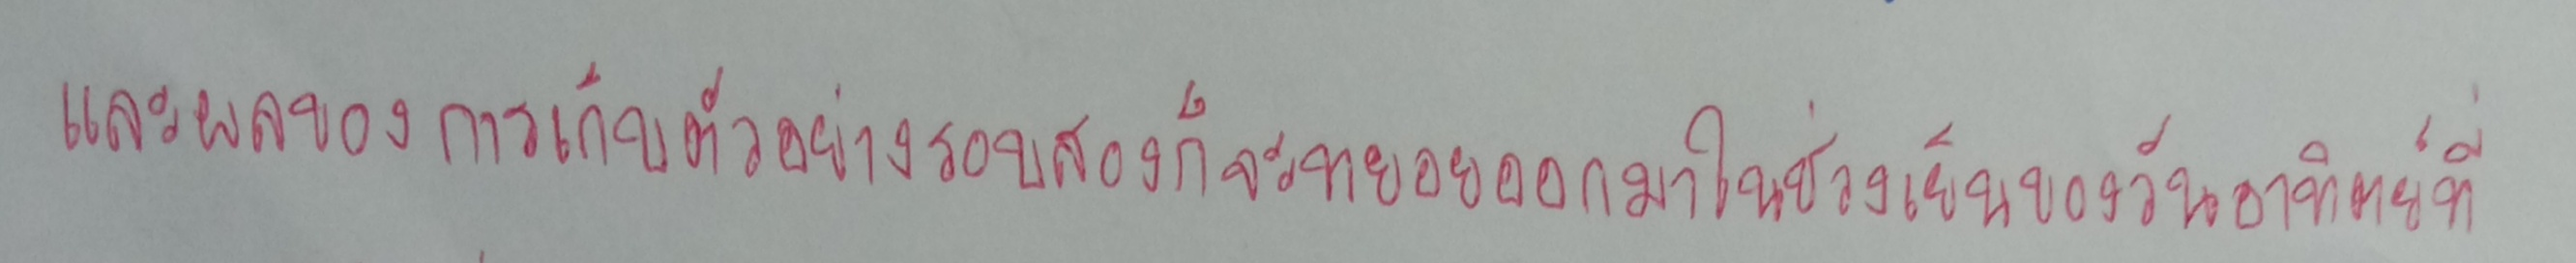
และผลของการเก็บตัวอย่างรอบสองก็จะทยอยออกมาในช่วงเย็นของวันอาทิตย์ที่